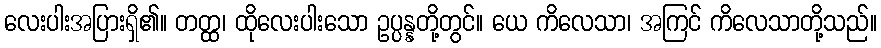
လေးပါးအပြားရှိ၏။ တတ္ထ၊ ထိုလေးပါးသော ဥပ္ပန္နတို့တွင်။ ယေ ကိလေသာ၊ အကြင် ကိလေသာတို့သည်။